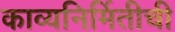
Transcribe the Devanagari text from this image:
काव्यनिर्मितीची